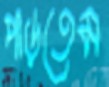
পাড়তেম